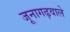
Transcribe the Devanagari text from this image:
जूनागढ़वाले